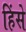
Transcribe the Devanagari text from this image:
हिंसे